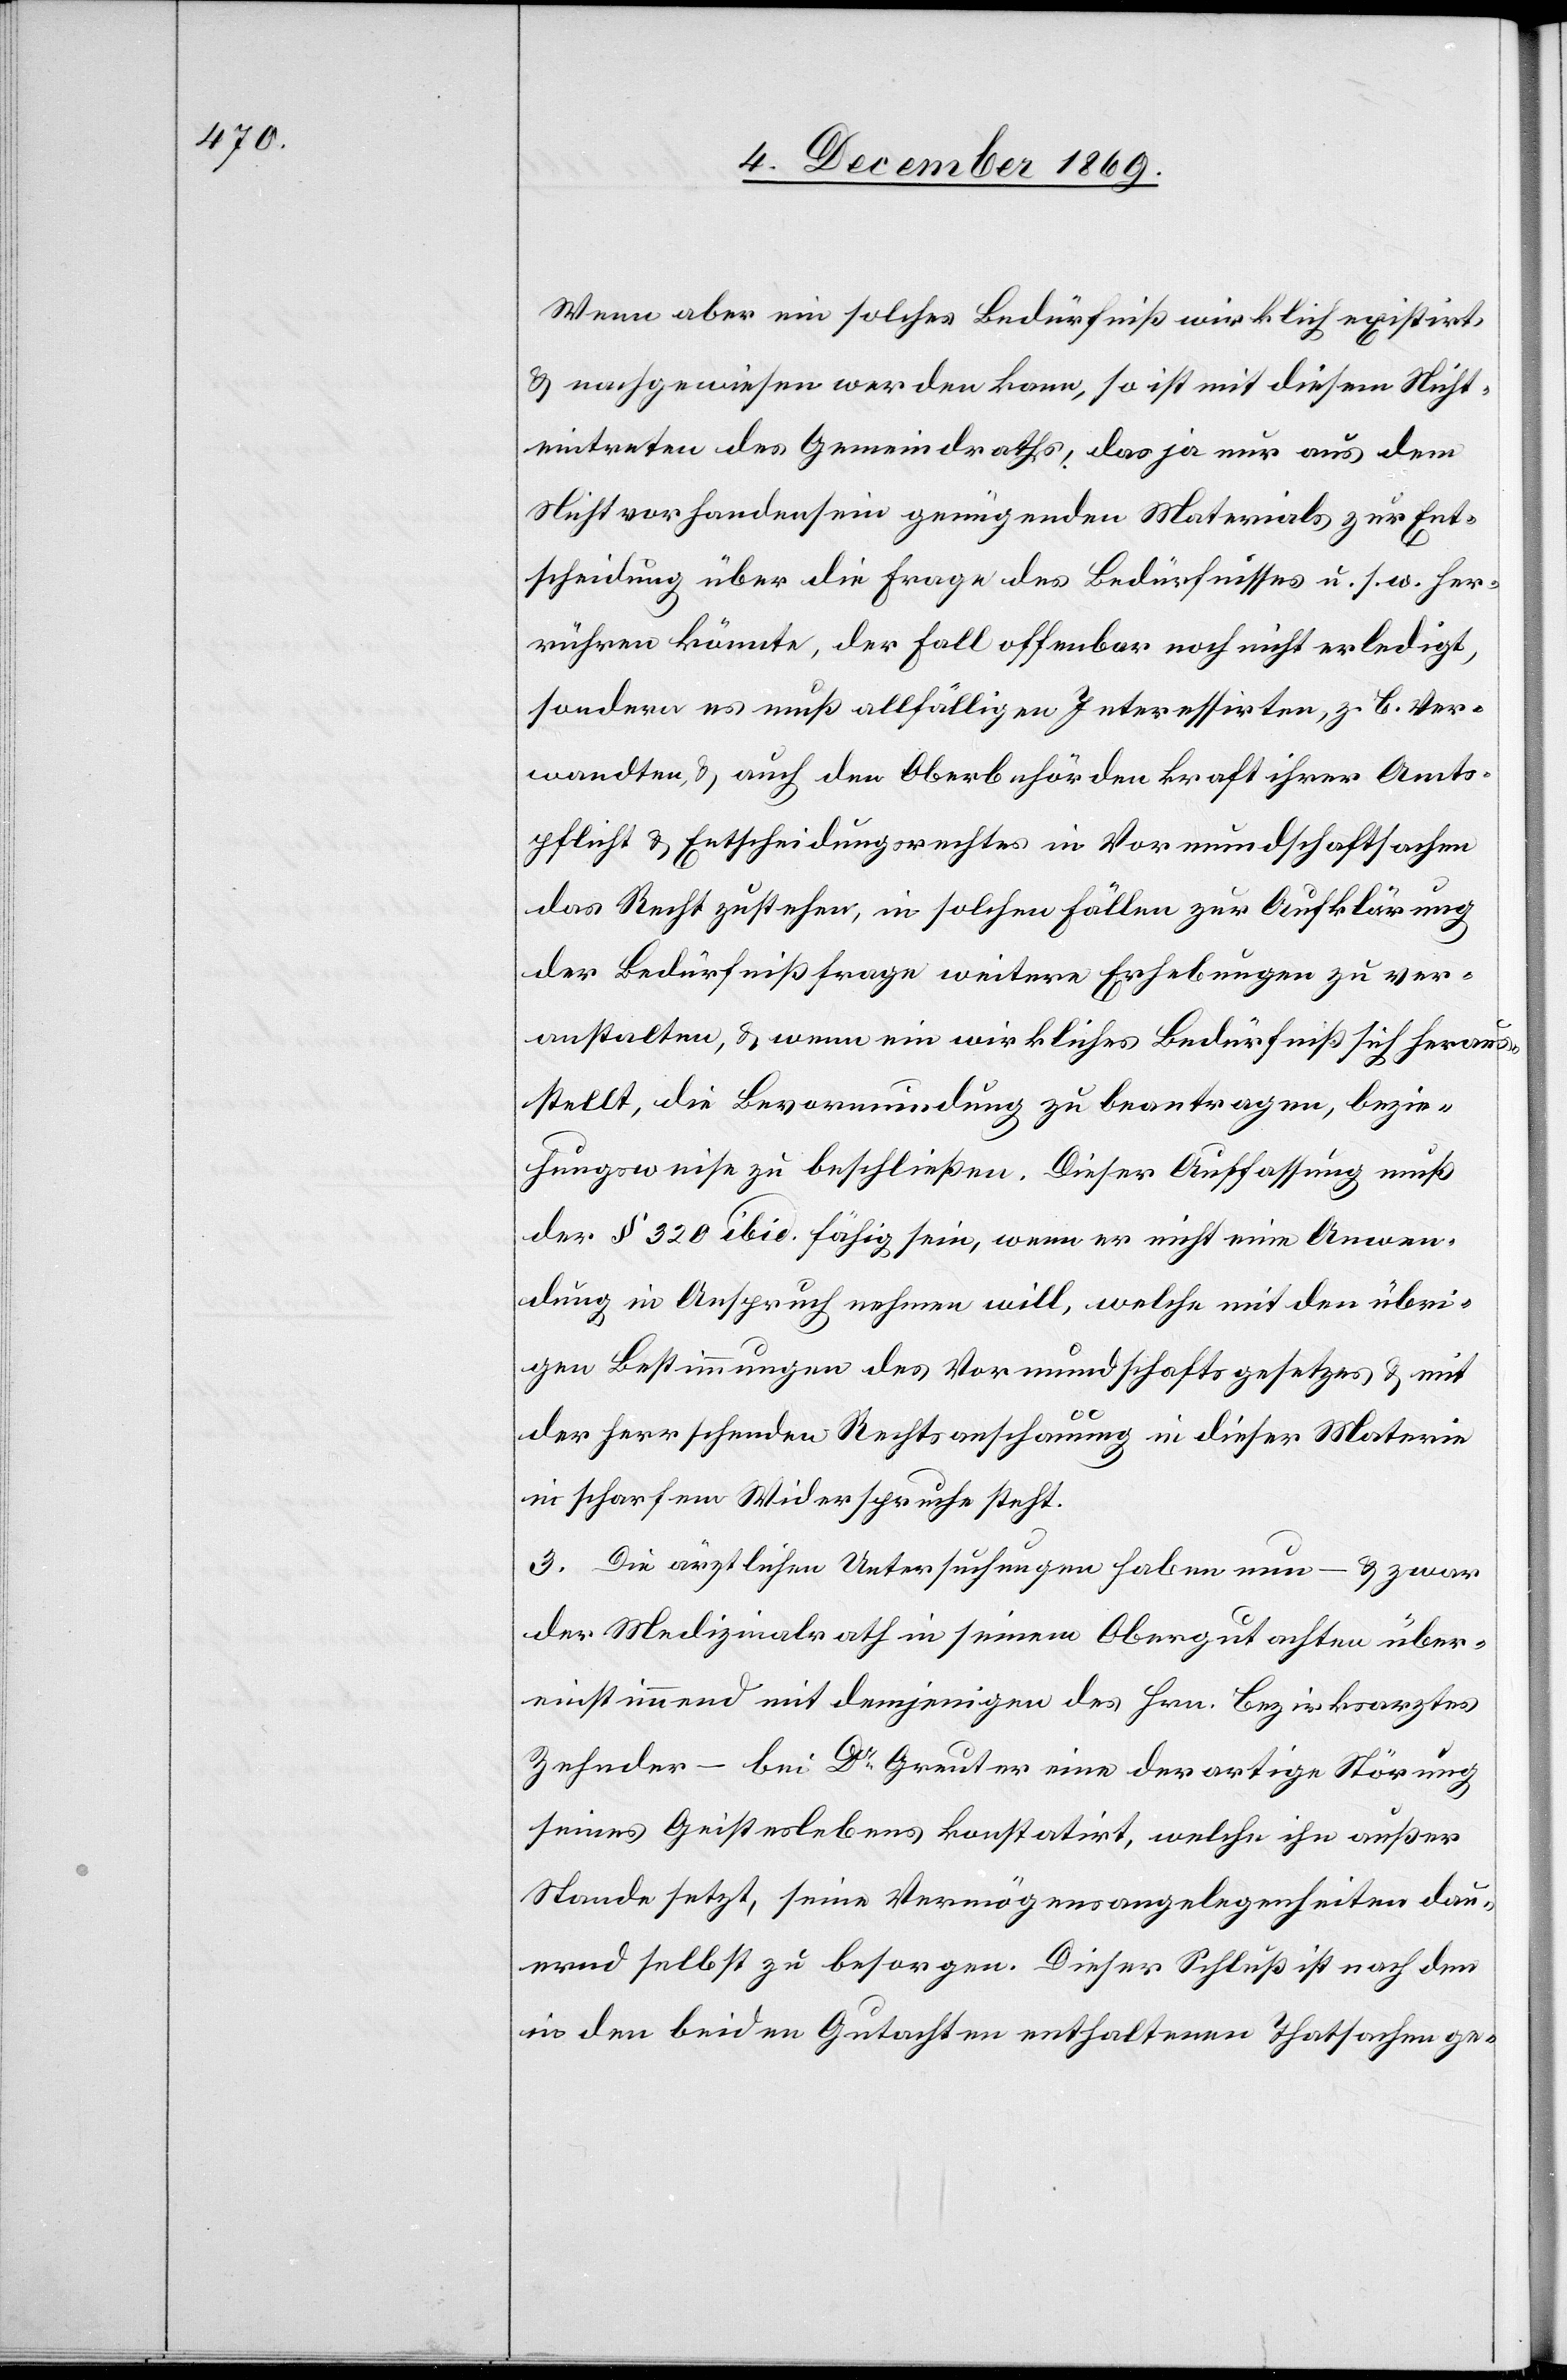
Wenn aber ein solches Bedürfniß wirklich existirt,
& nachgewiesen werden kann, so ist mit diesem Nicht¬
eintreten des Gemeindraths, das ja nur aus dem
Nichtvorhandensein genügenden Materials zur Ent¬
scheidung über die Frage des Bedürfnisses u. s. w. her¬
rühren könnte, der Fall offenbar noch nicht erledigt,
sondern es muß allfälligen Interessirten, z. B. Ver¬
wandten, & auch den Oberbehörden kraft ihrer Amts¬
pflicht & Entscheidungsrechtes in Vormundschaftsachen
das Recht zustehen, in solchen Fällen zur Aufklärung
der Bedürfnißfrage weitere Erhebungen zu ver¬
anstalten, & wenn ein wirkliches Bedürfniß sich heraus¬
stellt, die Bevormundung zu beantragen, bezie¬
hungsweise zu beschließen. Dieser Auffassung muß
der § 320 ibid. fähig sein, wenn er nicht eine Anwen¬
dung in Anspruch nehmen will, welche mit den übri¬
gen Bestimmungen des Vormundschaftsgesetzes & mit
der herrschenden Rechtsanschauung in dieser Materie
in scharfem Widerspruche steht.
3. Die ärztlichen Untersuchungen haben nun – & zwar
der Medizinalrath in seinem Obergutachten über¬
einstimmend mit demjenigen des Hrn. Bezirksarztes
Zehnder – bei Dr Greuter eine derartige Störung
seines Geisteslebens konstatirt, welche ihn außer
Stande setzt, seine Vermögensangelegenheiten dau¬
ernd selbst zu besorgen. Dieser Schluß ist nach den
in den beiden Gutachten enthaltenen Thatsachen ge-